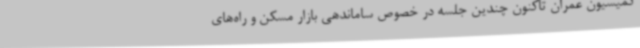
کمیسیون عمران تاکنون چندین جلسه در خصوص ساماندهی بازار مسکن و راه‌های